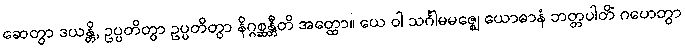
ဆေတွာ ဒယန္တိ, ဥပ္ပတိတွာ ဥပ္ပတိတွာ နိဂ္ဂစ္ဆန္တီတိ အတ္ထော။ ယေ ဝါ သင်္ဂါမမဇ္ဈေ ယောဓာနံ ဘတ္တပါတိံ ဂဟေတွာ